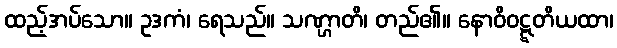
ထည့်အပ်သော။ ဥဒကံ၊ ရေသည်။ သဏ္ဌာတိ၊ တည်၏။ နောဝိဝဋ္ဋတိယထာ၊